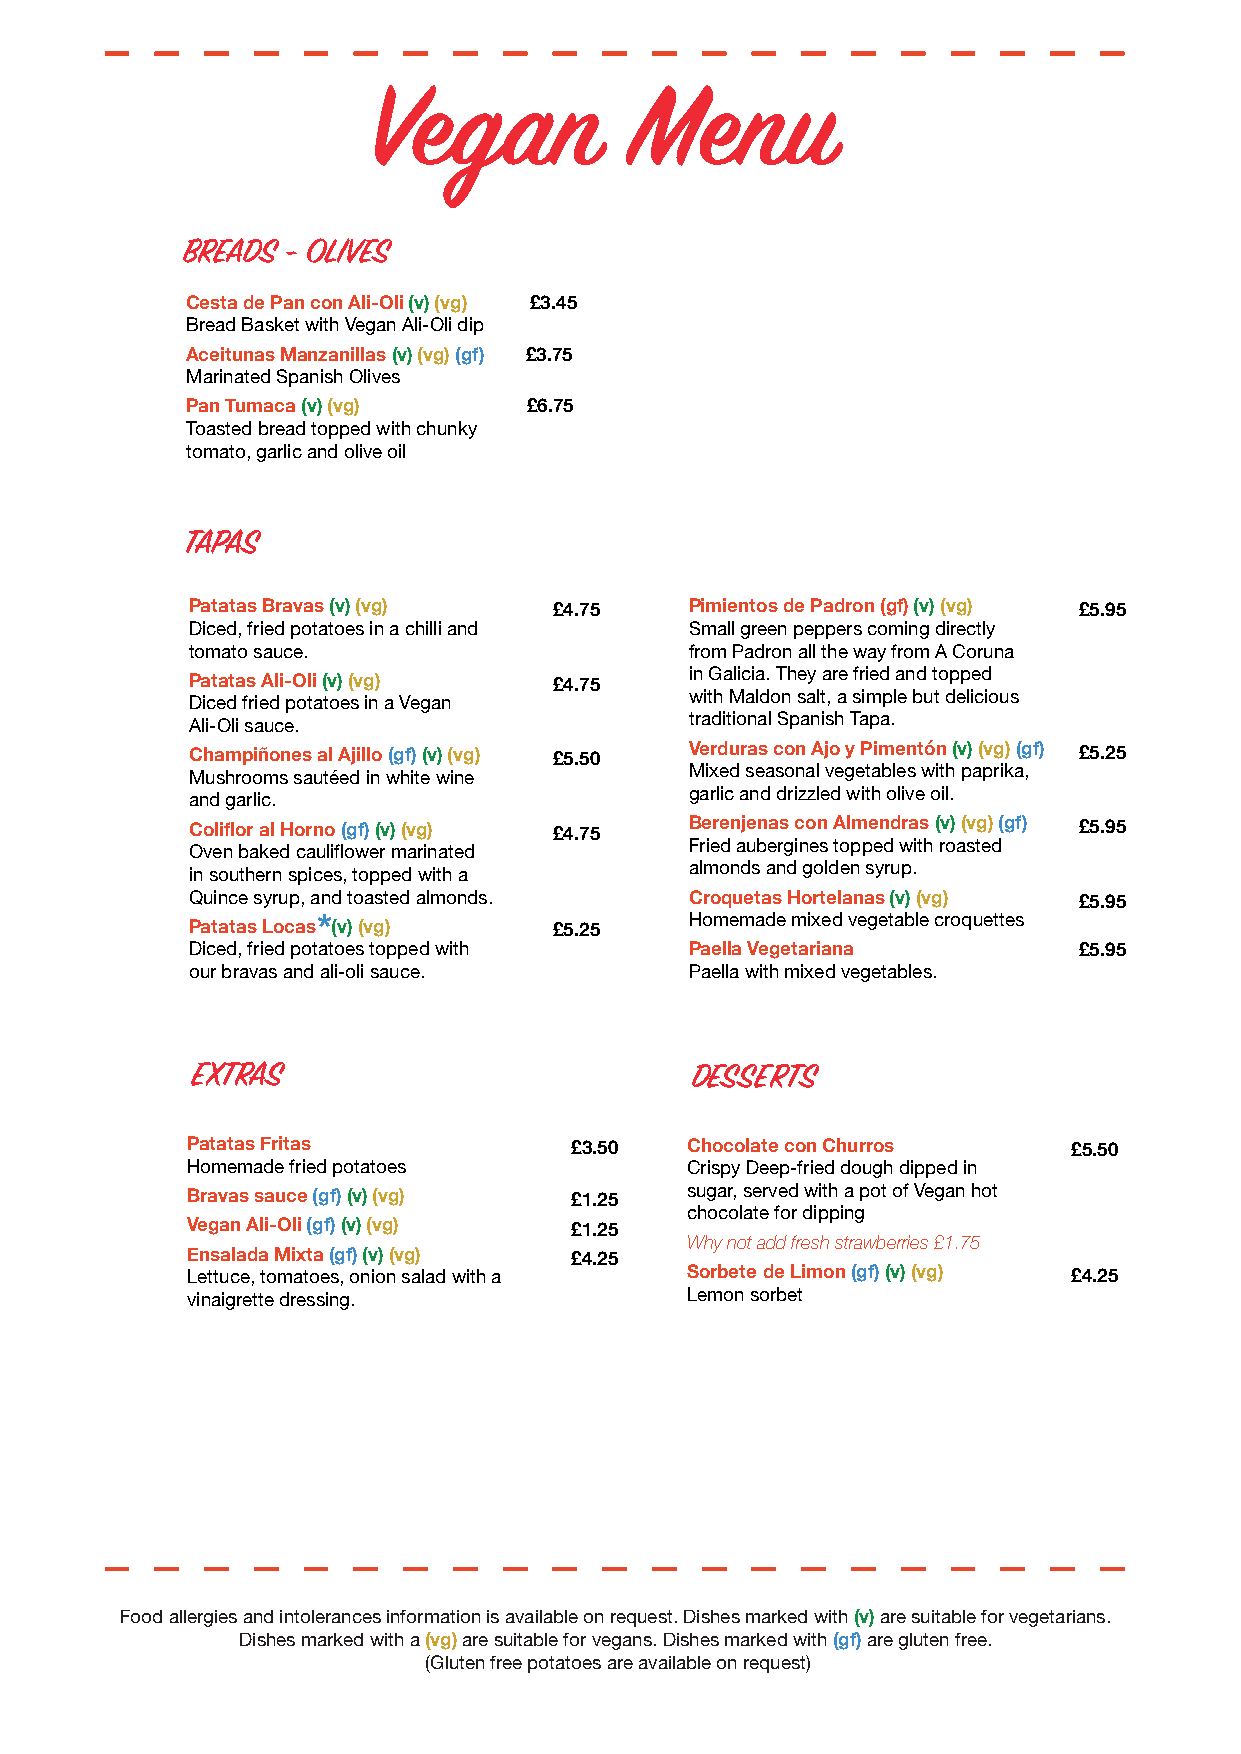
Vegan            Menu
 BREADS - OLIVES
 Cesta de Pan con Ali-Oli (v) (vg) £3.45
 Bread Basket with Vegan Ali-Oli dip
 Aceitunas Manzanillas (v) (vg) (gf) £3.75
 Marinated Spanish Olives
 Pan Tumaca (v) (vg)    £6.75
 Toasted bread topped with chunky
 tomato, garlic and olive oil
 TAPAS
 Patatas Bravas (v) (vg)  £4.75    Pimientos de Padron (gf) (v) (vg) £5.95
 Diced, fried potatoes in a chilli and Small green peppers coming directly
 tomato sauce.                     from Padron all the way from A Coruna
 in Galicia. They are fried and topped
 Patatas Ali-Oli (v) (vg) £4.75
 with Maldon salt, a simple but delicious
 Diced fried potatoes in a Vegan
 traditional Spanish Tapa.
 Ali-Oli sauce.
 Champiñones al Ajillo (gf) (v) (vg) £5.50 Verduras con Ajo y Pimentón (v) (vg) (gf) £5.25
 Mixed seasonal vegetables with paprika,
 Mushrooms sautéed in white wine
 garlic and drizzled with olive oil.
 and garlic.
 Coliflor al Horno (gf) (v) (vg) £4.75 Berenjenas con Almendras (v) (vg) (gf) £5.95
 Fried aubergines topped with roasted
 Oven baked cauliflower marinated
 almonds and golden syrup.
 in southern spices, topped with a
 Quince syrup, and toasted almonds. Croquetas Hortelanas (v) (vg) £5.95
 Patatas Locas * (v) (vg) £5.25    Homemade mixed vegetable croquettes
 Diced, fried potatoes topped with Paella Vegetariana       £5.95
 our bravas and ali-oli sauce.     Paella with mixed vegetables.
 EXTRAS                           DESSERTS
 Patatas Fritas            £3.50  Chocolate con Churros     £5.50
 Homemade fried potatoes          Crispy Deep-fried dough dipped in
 Bravas sauce (gf) (v) (vg) £1.25 sugar, served with a pot of Vegan hot
 chocolate for dipping
 Vegan Ali-Oli (gf) (v) (vg) £1.25
 Why not add fresh strawberries £1.75
 Ensalada Mixta (gf) (v) (vg) £4.25
 Lettuce, tomatoes, onion salad with a Sorbete de Limon (gf) (v) (vg) £4.25
 vinaigrette dressing.            Lemon sorbet
 Food allergies and intolerances information is available on request. Dishes marked with (v) are suitable for vegetarians.
 Dishes marked with a (vg) are suitable for vegans. Dishes marked with (gf) are gluten free.
 (Gluten free potatoes are available on request)